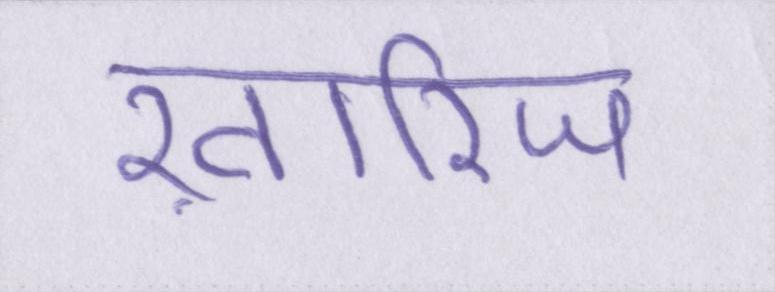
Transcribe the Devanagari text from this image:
ख़ारिज